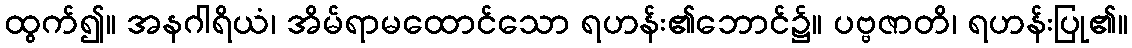
ထွက်၍။ အနဂါရိယံ၊ အိမ်ရာမထောင်သော ရဟန်း၏ဘောင်၌။ ပဗ္ဗဇာတိ၊ ရဟန်းပြု၏။